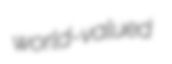
world-valued